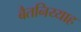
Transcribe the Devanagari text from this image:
बैतनिय्याह